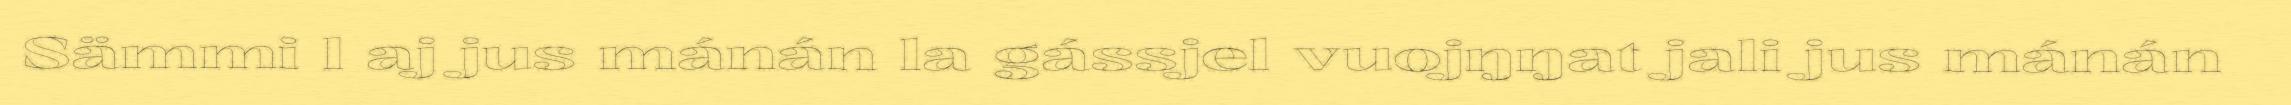
Sämmi l aj jus mánán la gássjel vuojŋŋat jali jus mánán